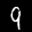
Label: 9